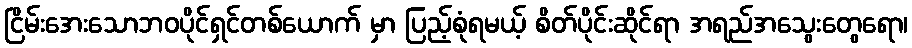
ငြိမ်းအေးသောဘဝပိုင်ရှင်တစ်ယောက် မှာ ပြည့်စုံရမယ့် စိတ်ပိုင်းဆိုင်ရာ အရည်အသွေးတွေရော၊